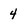
Character: 4